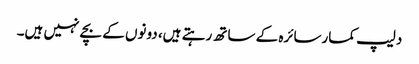
دلیپ کمارسائرہ کے ساتھ رہتے ہیں، دونوں کے بچے نہیں ہیں۔